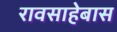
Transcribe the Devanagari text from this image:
रावसाहेबास